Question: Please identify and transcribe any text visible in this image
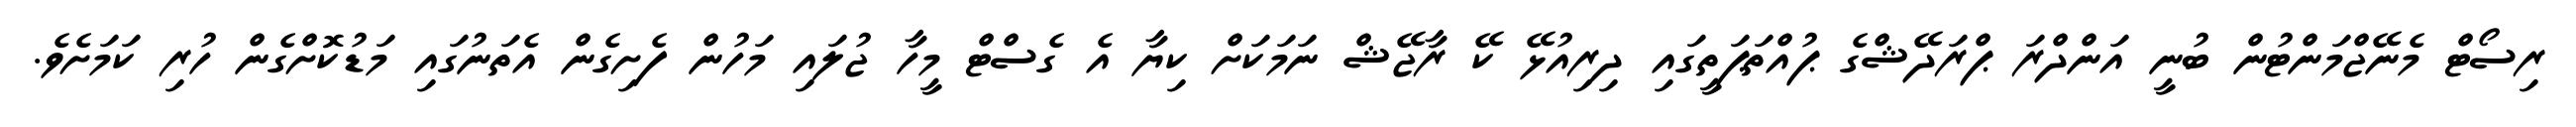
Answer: ރިސޯޓް މެނޭޖްމަންޓުން ބުނީ އަންދްރަ ޕްރަދޭޝްގެ ޕުއްތަޕަތީގައި ދިރިއުޅޭ ކޭ ރާޖޭޝް ނަމަކަށް ކިޔާ އެ ގެސްޓް މީހާ ޖުލައި މަހުން ފެށިގެން އެތަނުގައި މަޑުކޮށްގެން ހުރި ކަމަށެވެ.